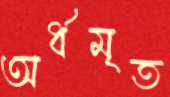
অর্ধমৃত